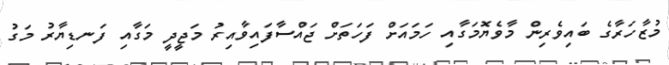
މުޒާހަރާގެ ބައިވެރިން މާވެޔޮމަގާއި ހަމައަށް ފަހަތަށް ޖައްސާފައިވާއިރު މަޖީދީ މަގާއި ފަނޑިޔާރު މަގު